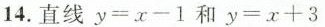
14.直线$$y = x - 1$$和$$y = x + 3$$